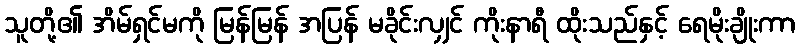
သူတို့၏ အိမ်ရှင်မကို မြန်မြန် အပြန် မခိုင်းလျှင် ကိုးနာရီ ထိုးသည်နှင့် ရေမိုးချိုးကာ